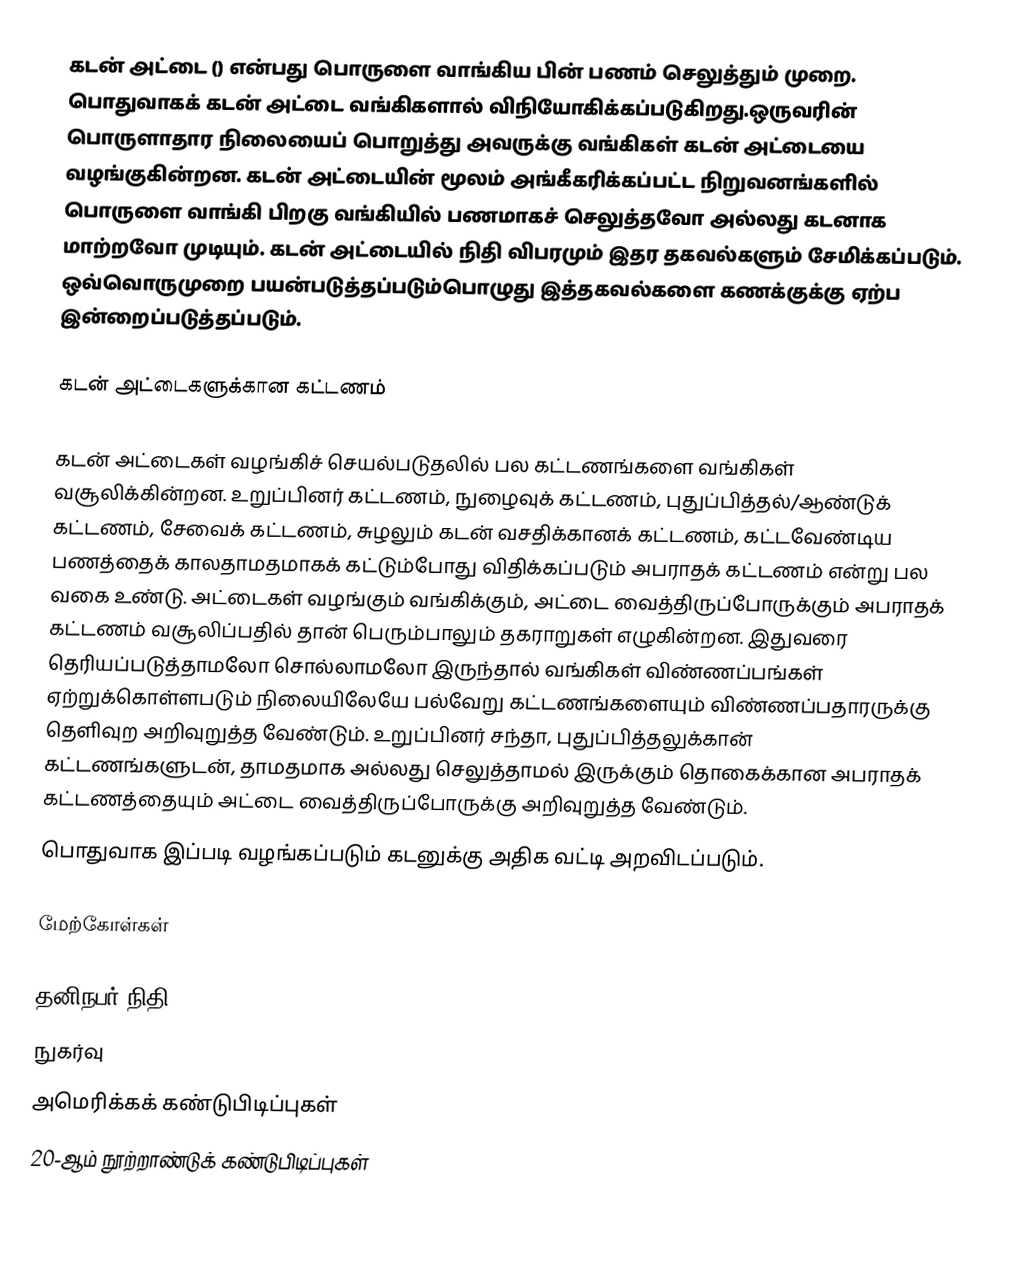
கடன் அட்டை () என்பது பொருளை வாங்கிய பின் பணம் செலுத்தும் முறை. பொதுவாகக் கடன் அட்டை வங்கிகளால் விநியோகிக்கப்படுகிறது.ஒருவரின் பொருளாதார நிலையைப் பொறுத்து  அவருக்கு வங்கிகள்  கடன் அட்டையை வழங்குகின்றன. கடன் அட்டையின் மூலம் அங்கீகரிக்கப்பட்ட நிறுவனங்களில்  பொருளை வாங்கி பிறகு வங்கியில் பணமாகச் செலுத்தவோ அல்லது கடனாக மாற்றவோ முடியும்.  கடன் அட்டையில்  நிதி விபரமும் இதர தகவல்களும் சேமிக்கப்படும். ஒவ்வொருமுறை பயன்படுத்தப்படும்பொழுது இத்தகவல்களை கணக்குக்கு ஏற்ப இன்றைப்படுத்தப்படும்.

கடன் அட்டைகளுக்கான கட்டணம்

கடன் அட்டைகள் வழங்கிச் செயல்படுதலில் பல கட்டணங்களை வங்கிகள் வசூலிக்கின்றன. உறுப்பினர் கட்டணம், நுழைவுக் கட்டணம், புதுப்பித்தல்/ஆண்டுக் கட்டணம், சேவைக் கட்டணம், சுழலும் கடன் வசதிக்கானக் கட்டணம், கட்டவேண்டிய பணத்தைக் காலதாமதமாகக் கட்டும்போது விதிக்கப்படும் அபராதக் கட்டணம் என்று பல வகை உண்டு. அட்டைகள் வழங்கும் வங்கிக்கும், அட்டை வைத்திருப்போருக்கும் அபராதக் கட்டணம் வசூலிப்பதில் தான் பெரும்பாலும் தகராறுகள் எழுகின்றன. இதுவரை தெரியப்படுத்தாமலோ சொல்லாமலோ இருந்தால் வங்கிகள் விண்ணப்பங்கள் ஏற்றுக்கொள்ளபடும் நிலையிலேயே பல்வேறு கட்டணங்களையும் விண்ணப்பதாரருக்கு தெளிவுற அறிவுறுத்த வேண்டும். உறுப்பினர் சந்தா, புதுப்பித்தலுக்கான் கட்டணங்களுடன், தாமதமாக அல்லது செலுத்தாமல் இருக்கும் தொகைக்கான அபராதக் கட்டணத்தையும் அட்டை வைத்திருப்போருக்கு அறிவுறுத்த வேண்டும்.
பொதுவாக இப்படி வழங்கப்படும் கடனுக்கு அதிக வட்டி அறவிடப்படும்.

மேற்கோள்கள்

தனிநபர் நிதி
நுகர்வு
அமெரிக்கக் கண்டுபிடிப்புகள்
20-ஆம் நூற்றாண்டுக் கண்டுபிடிப்புகள்